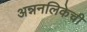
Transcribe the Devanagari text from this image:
अन्ननलिकेची